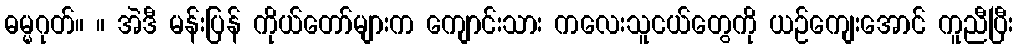
ဓမ္မဂုတ်။ ။ အဲဒီ မန်းပြန် ကိုယ်တော်များက ကျောင်းသား ကလေးသူငယ်တွေကို ယဉ်ကျေးအောင် ကူညီပြီး